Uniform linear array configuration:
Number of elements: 48
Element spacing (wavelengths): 0.25
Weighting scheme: uniform
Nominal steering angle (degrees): -30
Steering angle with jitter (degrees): -30.698
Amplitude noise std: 0.05
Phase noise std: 0.05

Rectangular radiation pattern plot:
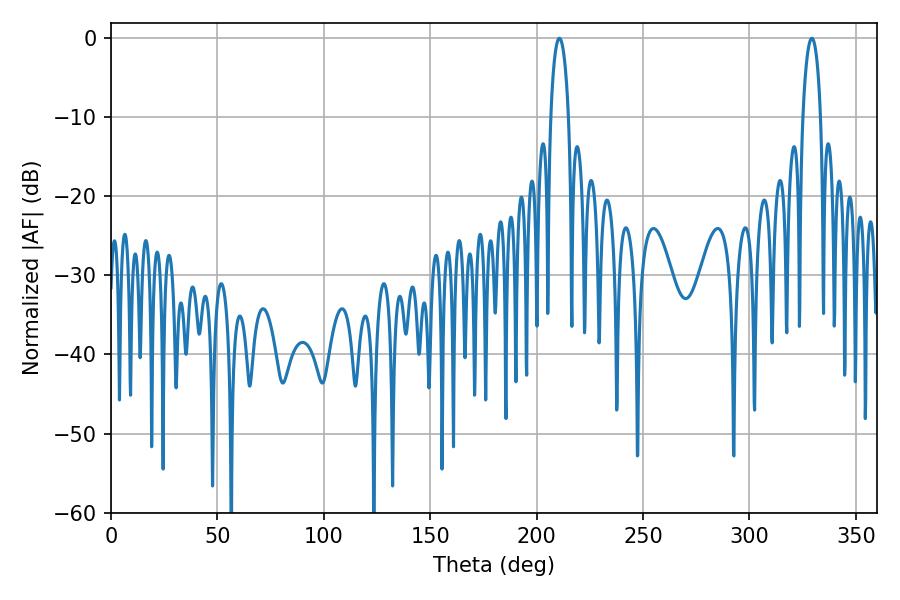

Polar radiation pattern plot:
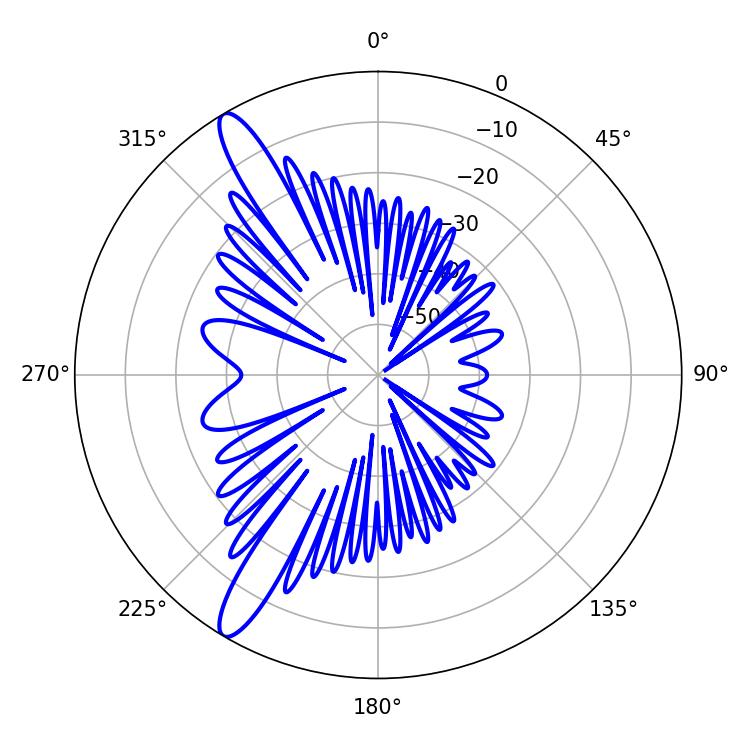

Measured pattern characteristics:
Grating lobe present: FALSE
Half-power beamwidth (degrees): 4.86
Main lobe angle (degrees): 210.6